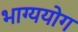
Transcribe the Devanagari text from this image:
भाग्ययोग